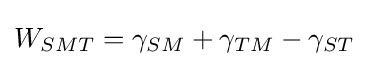
W_{SMT}=\gamma _{SM}+\gamma _{TM}-\gamma _{ST}